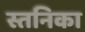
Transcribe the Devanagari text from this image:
स्तनिका